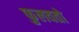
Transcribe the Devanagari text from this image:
फुलवतो